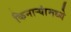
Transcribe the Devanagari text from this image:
किनाऱ्यांमध्ये